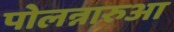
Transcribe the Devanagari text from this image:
पोलन्नारुआ